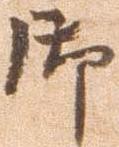
御